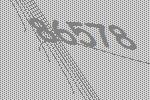
86578